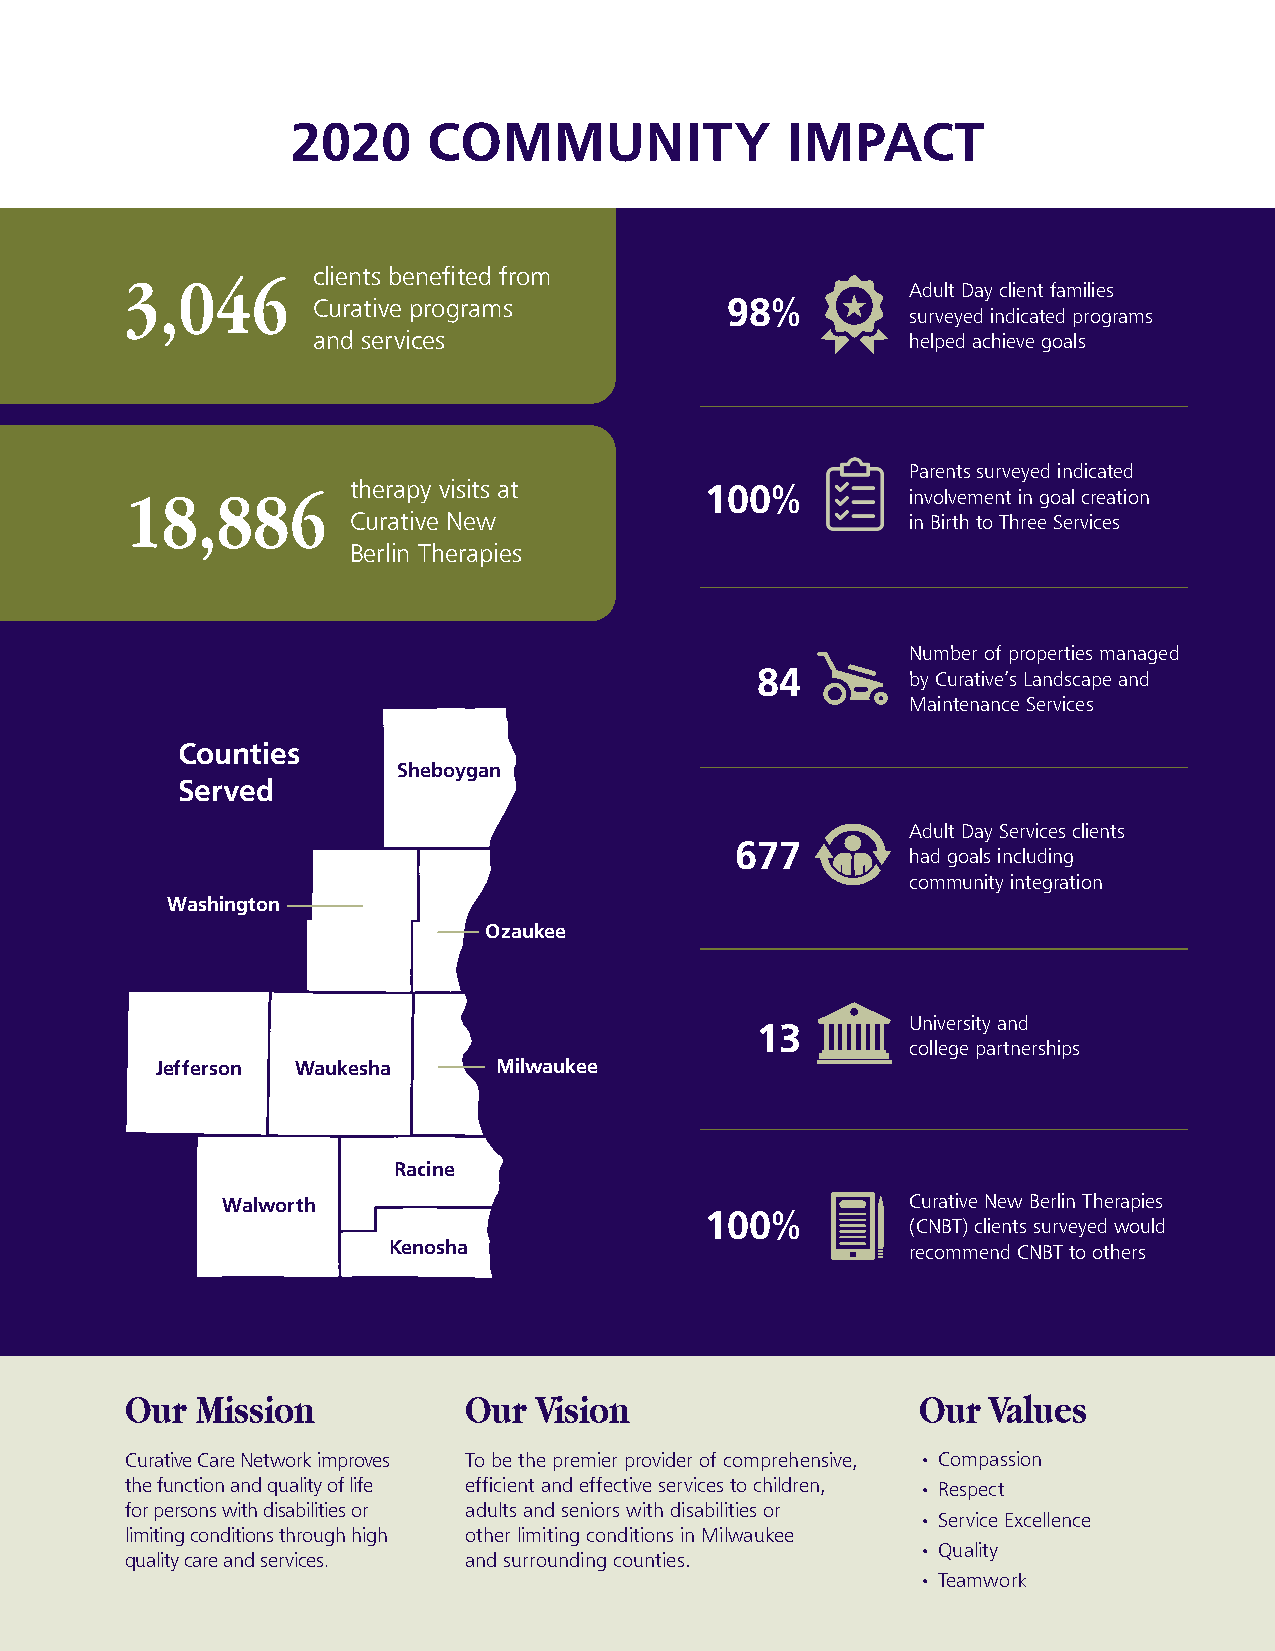
2020     COMMUNITY               IMPACT
 clients benefited from
 3,046
 Adult Day client families
 Curative programs          98%
 surveyed indicated programs
 and services                           helped achieve goals
 Parents surveyed indicated
 therapy visits at       100%
 18,886                                              involvement in goal creation
 Curative New                         in Birth to Three Services
 Berlin Therapies
 Number of properties managed
 84        by Curative’s Landscape and
 Maintenance Services
 Counties
 Sheboygan
 Served
 Adult Day Services clients
 677
 had goals including
 community integration
 Washington
 Ozaukee
 13        University and
 college partnerships
 Jefferson Waukesha     Milwaukee
 Racine
 Walworth                                     Curative New Berlin Therapies
 100%
 (CNBT) clients surveyed would
 Kenosha                           recommend CNBT to others
 Our  Mission           Our Vision                    Our  Values
 Curative Care Network improves To be the premier provider of comprehensive, • Compassion
 the function and quality of life efficient and effective services to children, • Respect
 for persons with disabilities or adults and seniors with disabilities or
 • Service Excellence
 limiting conditions through high other limiting conditions in Milwaukee
 • Quality
 quality care and services. and surrounding counties.
 • Teamwork